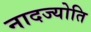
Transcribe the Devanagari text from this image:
नादज्योति